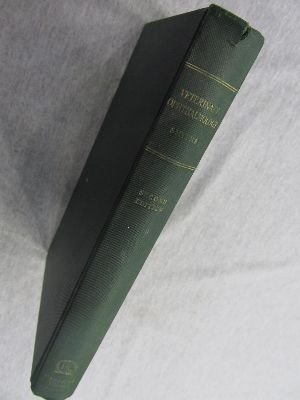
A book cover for Veterinary ophthalmology; R. H Smythe; Medical Books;